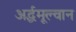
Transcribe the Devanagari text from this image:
अर्द्धमूल्वान